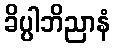
ခိပ္ပါဘိညာနံ